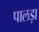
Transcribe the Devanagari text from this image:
पालड़ा